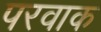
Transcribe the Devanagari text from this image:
परवाक